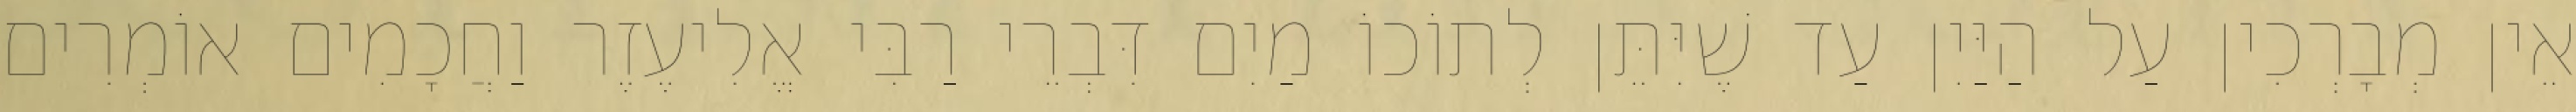
אֵין מְבָרְכִין עַל הַיַּיִן עַד שֶׁיִּתֵּן לְתוֹכוֹ מַיִם דִּבְרֵי רַבִּי אֱלִיעֶזֶר וַחֲכָמִים אוֹמְרִים